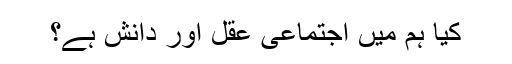
کیا ہم میں اجتماعی عقل اور دانش ہے؟